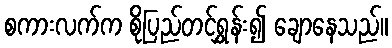
စကားလက်က စိုပြည်တင့်ရွှန်း၍ ချောနေသည်။